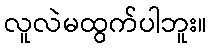
လူလဲမထွက်ပါဘူး။